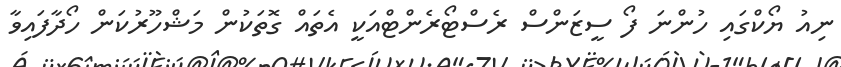
ނިއު ޔޯކްގައި ހުންނަ ފޯ ސީޒަންސް ރެސްޓޯރެންޓްއަކީ އެތައް ގޮތަކުން މަޝްހޫރުކަން ހޯދާފައިވާ